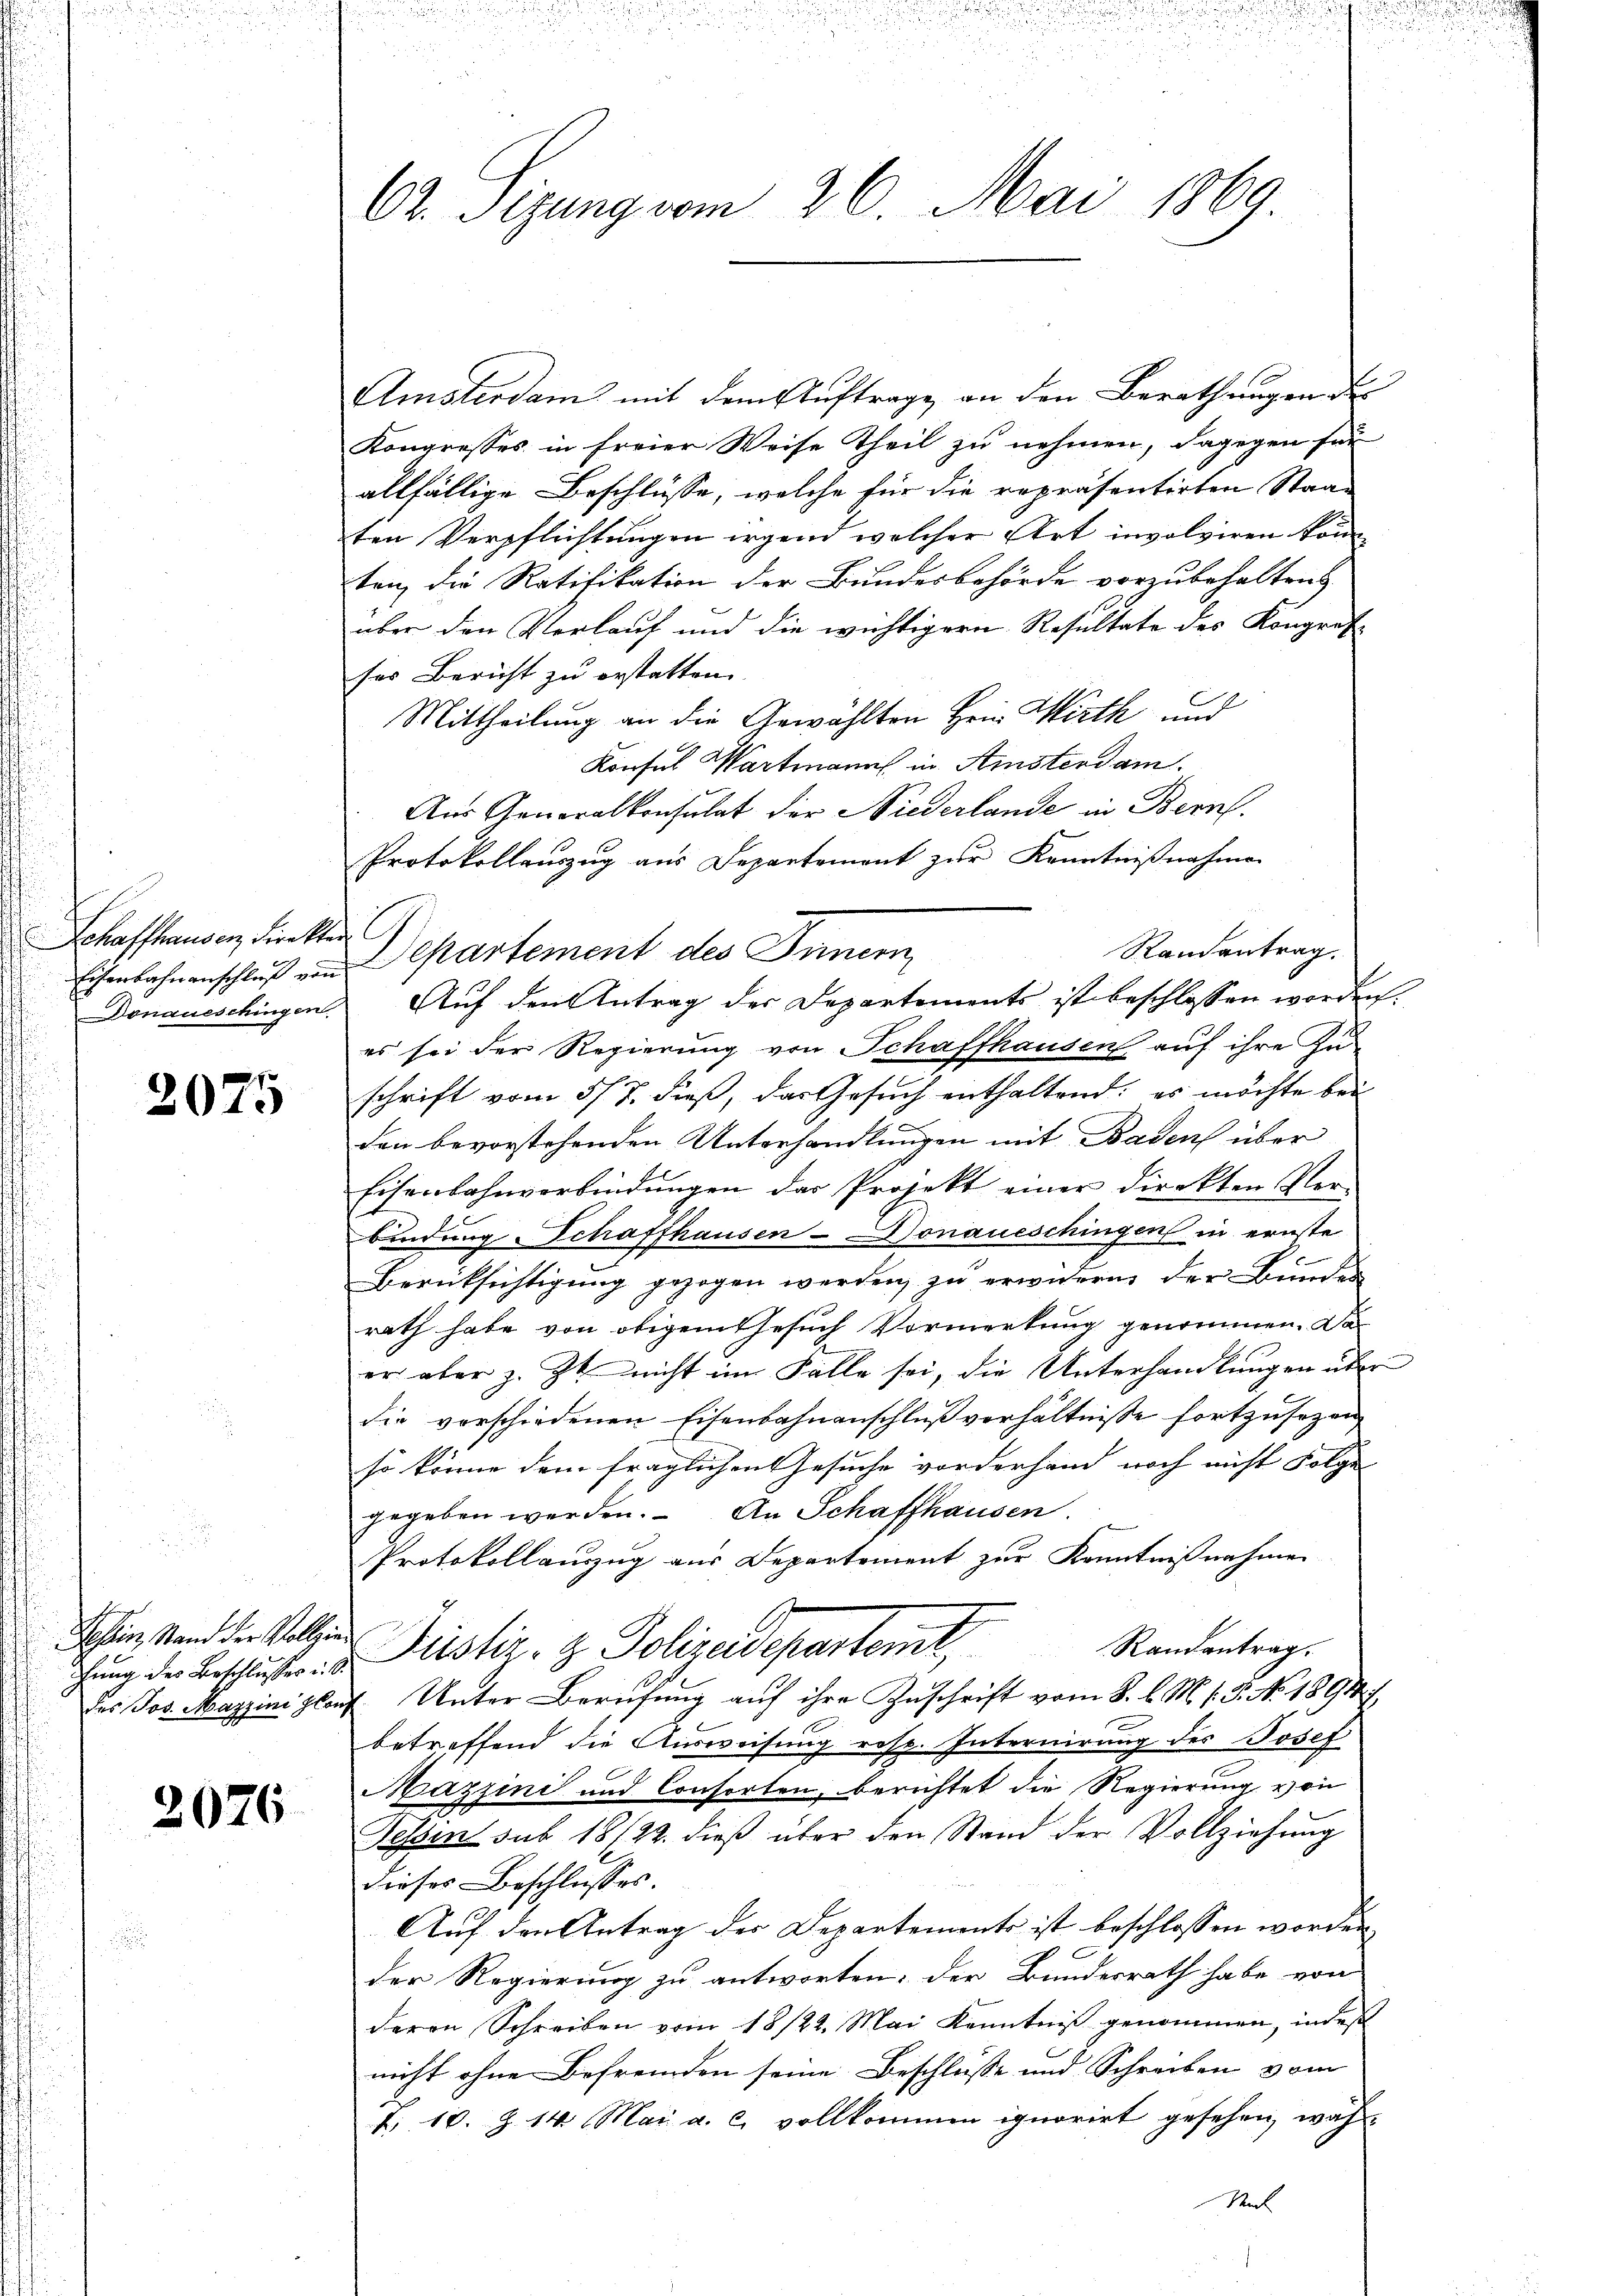
Schaffhausen Direkten

2075

chung des Beschlusses ist.

2076

62. Sizung vom 26. Mai 1869.

Amsterdam mit dem Auftrage an den Berathungen der
Kongresses in freier Weise Theil zu nehmen, dagegen für
allfällige Beschlüsse, welche für die repräsentirten Staat
ten Verpflichtungen irgend welcher Art involviren kön
ten die Ratifikation der Bundesbehörde vorzubehaltens
über den Verlauf und die wichtigern Resultate des Kongret-
ses Bericht zu erstatten.
Mittheilung an die Gewählten Hein Wirth und
Konsul Wartmann in Amsterdam.
Aus Generalkonsulat der Niederlande in Bern.
Protokollauszug aus Departement zur Kenntnißnahme
Randantrag.
Donaueschingen Auf den Antrag der Departements ist beschlossen worden.
es sei der Regierung von Schaffhausen auf ihre Zu-
schrift vom 5/7. dieβ, das Gesŭch enthaltend; es möchte bei
den bevorstehenden Unterhandlungen mit Baden über
Eisenbahnverbindungen das Projekt einer direkten Verbindung Schaffhausen-Donaueschingen in ernste
Berücksichtigung gezogen werden, zu erwidern der Bundes
rath habe von obigem Gesuch Vormerkung genommen. Das
er aber z. Zt. nicht im Falle sei, die Unterhandlungen über
die vorschiedenen Eisenbahnanschluß verhältnisse fortzusezen,
so könne dem fraglichen Gesuche vorderhand noch nicht Folge
gegeben werden. An Schaffhausen.
Protokollauszug aus Departement zur Kenntnißnahme
Schein stand die sollen Justiz- & Polizadepartemt
Randantrag.
der Jos. Mazziniplauf Unter Berufung auf ihre Zuschrift vom 8. l. M. v. 5. No. 1891 f.
betreffend die Ausweisung resp. Internirung des Josef
Mazzini und Consorten, berichtet die Regierung von
Sessen sub 18/22. dieß über den Stand der Vollziehung
dieses Beschlusses.
Auf den Antrag der Departements ist beschlossen worden
der Regierung zu antworten: der Bundesrath habe von
deren Schreiben vom 18/22. Mai Kenntniß genommen, indes
nicht ohne Befremden seine Beschlusse und Schreiben vom
I. 10. Z. 14. Mai a. c. vollkommen ignorirt gesehen, wäh-
Mal

Eisenbahnenschluß von Separtement des Inner